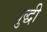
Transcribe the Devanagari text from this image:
वुद्धी